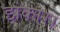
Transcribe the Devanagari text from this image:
झंकार।